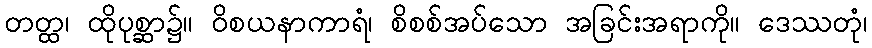
တတ္ထ၊ ထိုပုစ္ဆာ၌။ ဝိစယနာကာရံ၊ စိစစ်အပ်သော အခြင်းအရာကို။ ဒေဿတုံ၊